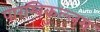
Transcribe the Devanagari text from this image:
पारम्बिकुल्लम